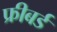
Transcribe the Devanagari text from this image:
फ्रीबर्ड